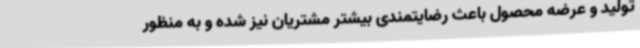
تولید و عرضه محصول باعث رضایتمندی بیشتر مشتریان نیز شده و به منظور